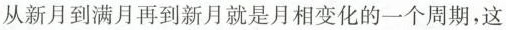
从新月到满月再到新月就是月相变化的一个周期，这